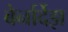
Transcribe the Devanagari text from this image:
बेर्नार्देझ